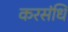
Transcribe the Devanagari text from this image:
करसंधि